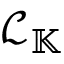
\mathcal { L } _ { \mathbb { K } }